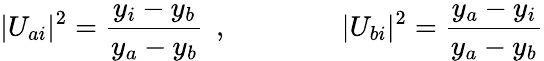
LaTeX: \vert U_{ai}\vert^{2}=\frac{y_{i}-y_{b}}{y_{a}-y_{b}}\: \: ,\qquad\qquad\vert U_{bi}\vert^{2}=\frac{y_{a}-y_{i}}{y_{a}-y_{b}}